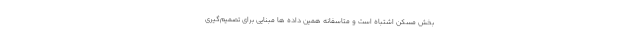
بخش مسکن اشتباه است و متاسفانه همین داده ها مبنایی برای تصمیم‌گیری